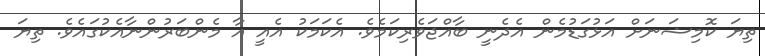
ތިޔަ ކޮމިޝަނަށް އަޅުގަޑުމެން އެދެނީ ބާއްޖަވެރިކަމެވެ. އެކަމަކު އެއީ އާ މެންބަރުންނާއެކުގައެވެ. ތިޔަ